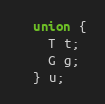
Language: C
  union {
    T t;
    G g;
  } u;